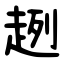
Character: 趔